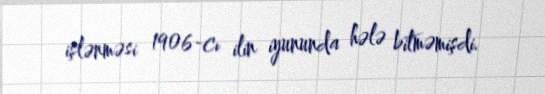
işlənməsi 1906-cı ilin iyununda hələ bitməmişdi.